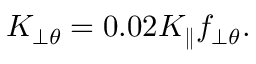
K _ { \perp \theta } = 0 . 0 2 K _ { \parallel } f _ { \perp \theta } .